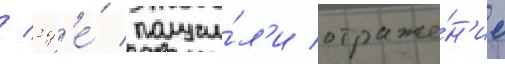
/ гд'е́ получи́л'и отраже́н'ие